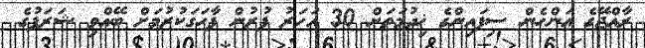
ރާއްޖޭގެ އަންހެން ސިފައިންގެ ޚިދުމަތަށް 30 އަހަރު ފުރުން ފާހަގަކުރުމަށް ބޭއްވި ޝަރަފުގެ